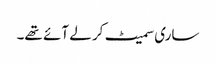
ساری سمیٹ کر لے آئے تھے۔